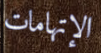
الإتهامات